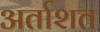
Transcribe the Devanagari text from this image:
अर्ताशत